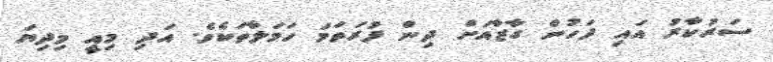
ސަރުކާރު އައި ފަހުން ގާޒާއަށް ދިން ފުރަތަމަ ހަމަލާތަކެވެ. އަދި މިއީ މިދިޔަ